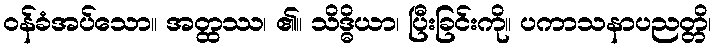
ဝန်ခံအပ်သော။ အတ္ထဿ၊ ၏။ သိဒ္ဓိယာ၊ ပြီးခြင်းကို။ ပကာသနာပညတ္တိ၊